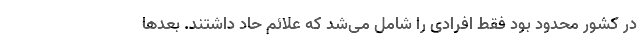
در کشور محدود بود فقط افرادی را شامل می‌شد که علائم حاد داشتند. بعدها